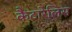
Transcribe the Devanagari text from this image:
कैटारेलिस